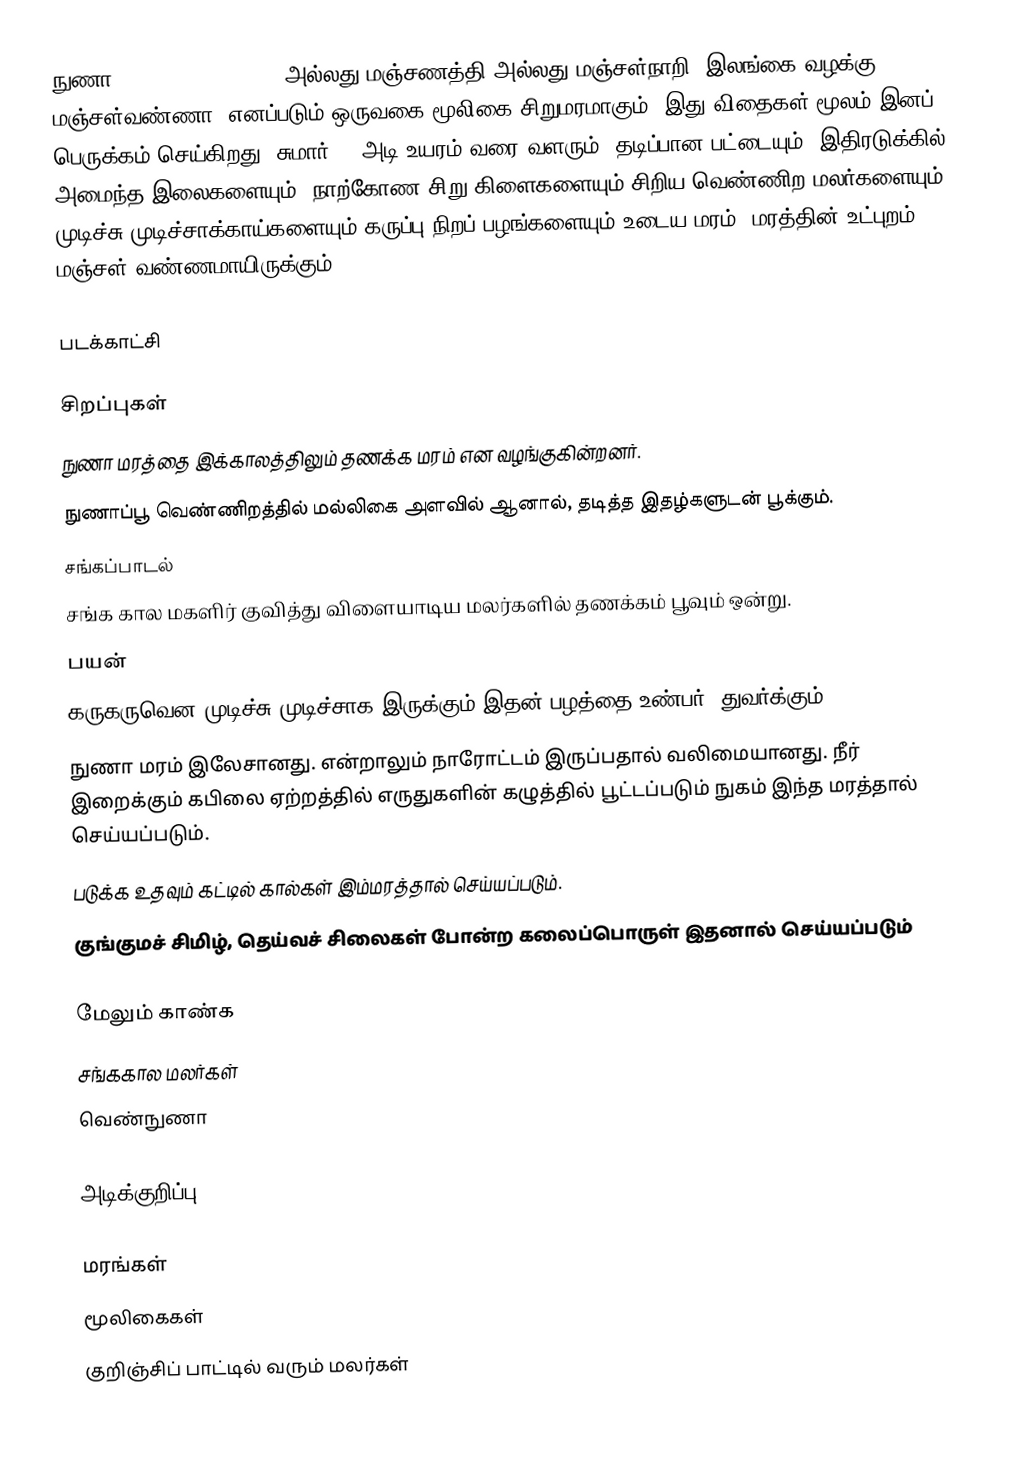
நுணா (Morinda tinctoria) அல்லது மஞ்சணத்தி அல்லது மஞ்சள்நாறி (இலங்கை வழக்கு: மஞ்சள்வண்ணா) எனப்படும் ஒருவகை மூலிகை சிறுமரமாகும். இது விதைகள் மூலம் இனப் பெருக்கம் செய்கிறது. சுமார் 15 அடி உயரம் வரை வளரும். தடிப்பான பட்டையும், இதிரடுக்கில் அமைந்த இலைகளையும், நாற்கோண சிறு கிளைகளையும் சிறிய வெண்ணிற மலர்களையும் முடிச்சு முடிச்சாக்காய்களையும் கருப்பு நிறப் பழங்களையும் உடைய மரம். மரத்தின் உட்புறம் மஞ்சள் வண்ணமாயிருக்கும்.

படக்காட்சி

சிறப்புகள்
நுணா மரத்தை இக்காலத்திலும் தணக்க மரம் என வழங்குகின்றனர்.
 நுணாப்பூ வெண்ணிறத்தில் மல்லிகை அளவில் ஆனால், தடித்த இதழ்களுடன் பூக்கும்.
சங்கப்பாடல்
சங்க கால மகளிர் குவித்து விளையாடிய மலர்களில் தணக்கம் பூவும் ஒன்று.
பயன்
 கருகருவென முடிச்சு முடிச்சாக இருக்கும் இதன் பழத்தை உண்பர். துவர்க்கும்.
 நுணா மரம் இலேசானது. என்றாலும் நாரோட்டம் இருப்பதால் வலிமையானது. நீர் இறைக்கும் கபிலை ஏற்றத்தில் எருதுகளின் கழுத்தில் பூட்டப்படும் நுகம் இந்த மரத்தால் செய்யப்படும்.
 படுக்க உதவும் கட்டில் கால்கள் இம்மரத்தால் செய்யப்படும்.
 குங்குமச் சிமிழ், தெய்வச் சிலைகள் போன்ற கலைப்பொருள் இதனால் செய்யப்படும்

மேலும் காண்க
சங்ககால மலர்கள்
வெண்நுணா

அடிக்குறிப்பு

மரங்கள்
மூலிகைகள்
குறிஞ்சிப் பாட்டில் வரும் மலர்கள்